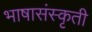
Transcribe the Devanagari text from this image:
भाषासंस्कृती